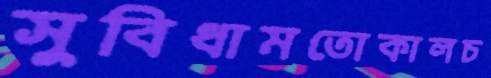
সুবিধামতোকালচ